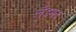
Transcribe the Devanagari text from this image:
लँडमन